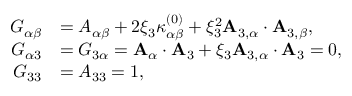
\begin{array} { r l } { { G } _ { \alpha \beta } } & { = { A } _ { \alpha \beta } + 2 \xi _ { 3 } { \kappa } _ { \alpha \beta } ^ { ( 0 ) } + \xi _ { 3 } ^ { 2 } { \bf { A } } _ { 3 , \alpha } \cdot { \bf { A } } _ { 3 , \beta } , } \\ { { G } _ { \alpha 3 } } & { = { G } _ { 3 \alpha } = { \bf { A } } _ { \alpha } \cdot { \bf { A } } _ { 3 } + \xi _ { 3 } { \bf { A } } _ { 3 , \alpha } \cdot { \bf { A } } _ { 3 } = 0 , } \\ { { G } _ { 3 3 } } & { = { A } _ { 3 3 } = 1 , } \end{array}